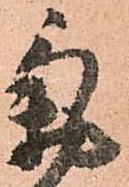
氣